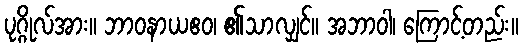
ပုဂ္ဂိုလ်အား။ ဘာဝနာယဧဝ၊ ၏သာလျှင်။ အဘာဝါ၊ ကြောင့်တည်း။